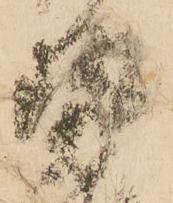
勢